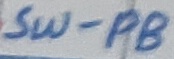
Text: SW-PB